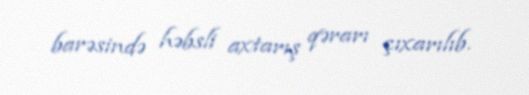
barəsində həbsli axtarış qərarı çıxarılıb.